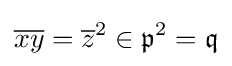
{\overline {x}}{\overline {y}}={\overline {z}}^{2}\in {\mathfrak {p}}^{2}={\mathfrak {q}}